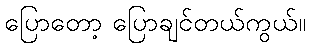
ပြောတော့ ပြောချင်တယ်ကွယ်။